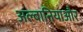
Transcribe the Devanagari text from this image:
अल्बानियाऔर